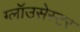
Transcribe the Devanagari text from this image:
ग्लॉउसेस्टर